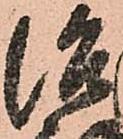
治